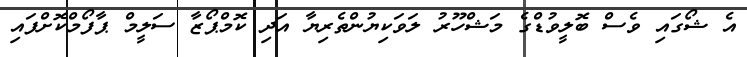
އެ ޝޯގައި ވެސް ބޮލީވުޑްގެ މަޝްހޫރު ލަވަކިޔުންތެރިޔާ އަދި ކޮމްޕޯޒާ ސަލީމް ޕާފޯމްކޮށްފައި